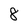
Character: 8